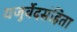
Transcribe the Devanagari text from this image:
यजुर्वेदसंहिता